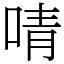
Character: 啨